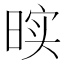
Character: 𰖓